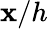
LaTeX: \mathbf{x}/h